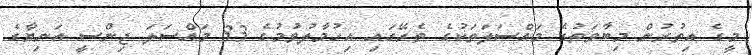
މީގެ އިތުރުން މިބާވަތުގެ މައްސަލަތަކުގެ ތެރޭގައި އިހުމާލުވުމުގެ 33 މައްސަލަ ޖިންސީ އަނިޔާގެ